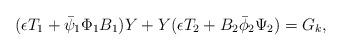
LaTeX: \begin{align*}(\epsilon T_1+\bar\psi_1\Phi_1B_1)Y+Y(\epsilon T_2+B_2\bar\phi_2\Psi_2) = G_k , \end{align*}